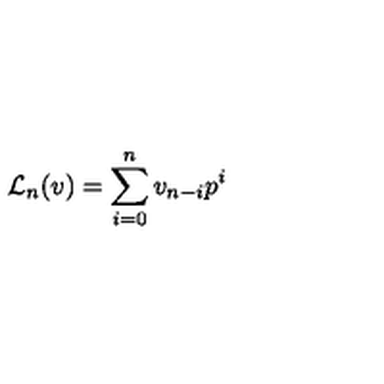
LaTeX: { { \mathcal L } _ { n } } ( v ) = \sum _ { i = 0 } ^ { n } v _ { n - i } p ^ { i }